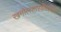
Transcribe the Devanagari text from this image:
खगोलशास्त्रीयग्रंथात